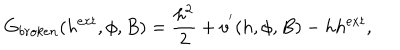
G _ { b r o k e n } ( h ^ { e x t } , \phi , B ) = \frac { h ^ { 2 } } { 2 } + v ^ { ' } ( h , \phi , B ) - h h ^ { e x t } ,